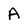
Character: A